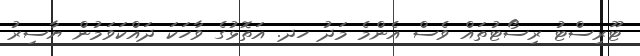
ޓޫރިސްޓު ރިސޯޓުތައް ވެސް އެންމެ މަދު ހދ. އަތޮޅުގެ ވާހަކަ ދައްކަވަމުން ޔާސިރު